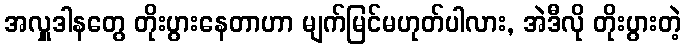
အလှူဒါနတွေ တိုးပွားနေတာဟာ မျက်မြင်မဟုတ်ပါလား, အဲဒီလို တိုးပွားတဲ့